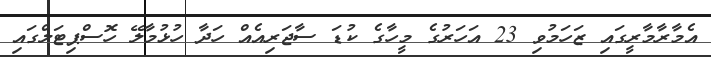
އެމާރާމާރީގައި ޒަހަމުވި 23 އަހަރުގެ މީހާގެ ކުޑަ ސާޖަރިއެއް ހަދާ ހުޅުމާލޭ ހޮސްޕިޓަލްގައި